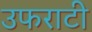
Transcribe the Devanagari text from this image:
उफराटी